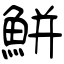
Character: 鮩